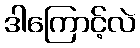
ဒါကြောင့်လဲ